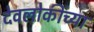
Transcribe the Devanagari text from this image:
देवलोकींच्या